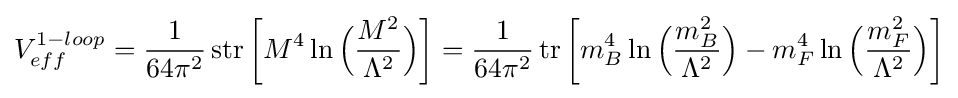
V_{eff}^{1-loop}={\dfrac {1}{64\pi ^{2}}}\operatorname {str} {\bigg [}M^{4}\ln {\Big (}{\dfrac {M^{2}}{\Lambda ^{2}}}{\Big )}{\bigg ]}={\dfrac {1}{64\pi ^{2}}}\operatorname {tr} {\bigg [}m_{B}^{4}\ln {\Big (}{\dfrac {m_{B}^{2}}{\Lambda ^{2}}}{\Big )}-m_{F}^{4}\ln {\Big (}{\dfrac {m_{F}^{2}}{\Lambda ^{2}}}{\Big )}{\bigg ]}